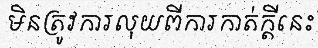
មិនត្រូវការលុយពីការកាត់ក្តីនេះ